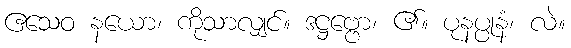
ဧသေဝ နယော၊ ကိုသာလျှင်။ ဒဋ္ဌဗ္ဗော၊ ၏။ ပုနပ္ပုနံ၊ လဲ။